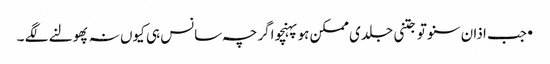
•جب اذان سنو تو جتنی جلدی ممکن ہو پہنچو اگرچہ سانس ہی کیوں نہ پھولنے لگے ۔